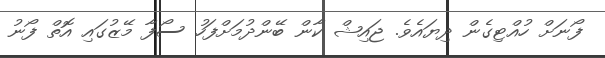
ފޯނަށް ހުއްޓިގެން ދިޔައެވެ. ޖައިޝް ކާން ބޭންދުމަށްފަހު ސޯފާ މޭޒުގައި އޮތް ފޯނު